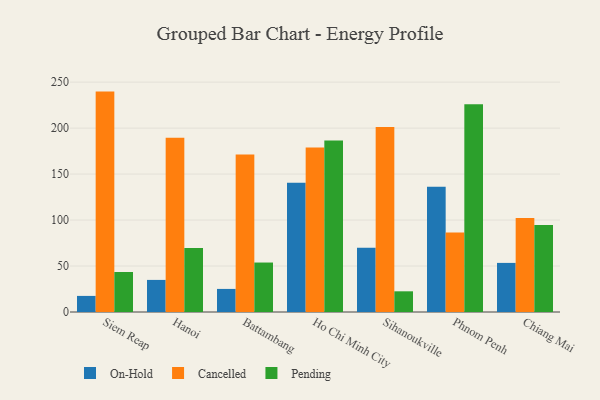
{"axis": {"x": "City", "y": "Latency (ms)"}, "legend": ["Cancelled", "On-Hold", "Pending"], "data": [{"x": "Siem Reap", "y": 17.5, "type": "On-Hold"}, {"x": "Siem Reap", "y": 239.7, "type": "Cancelled"}, {"x": "Siem Reap", "y": 43.5, "type": "Pending"}, {"x": "Hanoi", "y": 34.9, "type": "On-Hold"}, {"x": "Hanoi", "y": 189.6, "type": "Cancelled"}, {"x": "Hanoi", "y": 69.6, "type": "Pending"}, {"x": "Battambang", "y": 25.1, "type": "On-Hold"}, {"x": "Battambang", "y": 171.2, "type": "Cancelled"}, {"x": "Battambang", "y": 53.8, "type": "Pending"}, {"x": "Ho Chi Minh City", "y": 140.7, "type": "On-Hold"}, {"x": "Ho Chi Minh City", "y": 179.0, "type": "Cancelled"}, {"x": "Ho Chi Minh City", "y": 186.6, "type": "Pending"}, {"x": "Sihanoukville", "y": 69.9, "type": "On-Hold"}, {"x": "Sihanoukville", "y": 201.2, "type": "Cancelled"}, {"x": "Sihanoukville", "y": 22.5, "type": "Pending"}, {"x": "Phnom Penh", "y": 136.1, "type": "On-Hold"}, {"x": "Phnom Penh", "y": 86.5, "type": "Cancelled"}, {"x": "Phnom Penh", "y": 225.9, "type": "Pending"}, {"x": "Chiang Mai", "y": 53.4, "type": "On-Hold"}, {"x": "Chiang Mai", "y": 102.2, "type": "Cancelled"}, {"x": "Chiang Mai", "y": 94.5, "type": "Pending"}]}